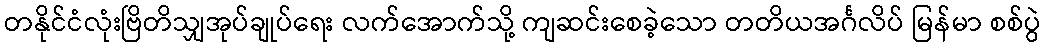
တနိုင်ငံလုံးဗြိတိသျှအုပ်ချုပ်ရေး လက်အောက်သို့ ကျဆင်းစေခဲ့သော တတိယအင်္ဂလိပ် မြန်မာ စစ်ပွဲ